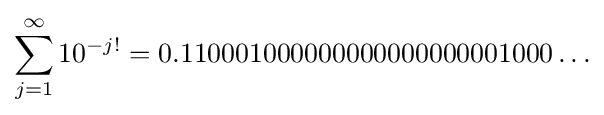
\sum _{j=1}^{\infty }10^{-j!}=0.110001000000000000000001000\ldots